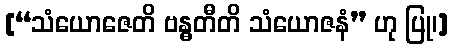
[“သံယောဇေတိ ဗန္ဓတီတိ သံယောဇနံ” ဟု ပြု၊]